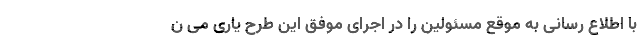
با اطلاع رسانی به موقع مسئولین را در اجرای موفق این طرح یاری می ن